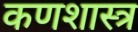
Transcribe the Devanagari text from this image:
कणशास्त्र